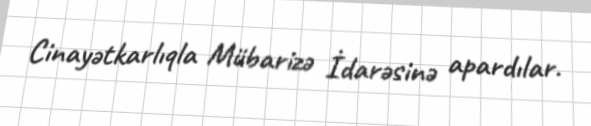
Cinayətkarlıqla Mübarizə İdarəsinə apardılar.